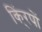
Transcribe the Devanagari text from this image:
किं्रपों